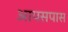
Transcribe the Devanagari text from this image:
आपसपास